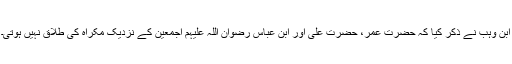
ابن وہب نے ذکر کیا کہ حضرت عمر، حضرت علی اور ابن عباس رضوان اللہ علیہم اجمعین کے نزدیک مکراہ کی طلاق نہیں ہوتی۔